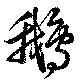
鵞